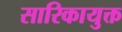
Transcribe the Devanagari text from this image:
सारिकायुक्त